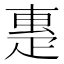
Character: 𤴝